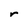
Character: r